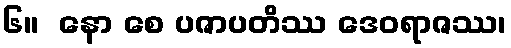
၆။  နော စေ ပဇာပတိဿ ဒေဝရာဇဿ၊